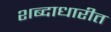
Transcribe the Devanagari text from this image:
शब्दाधारीत